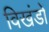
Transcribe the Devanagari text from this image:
विखंडों